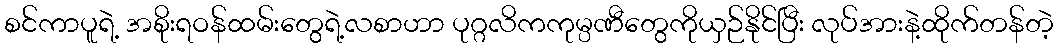
စင်ကာပူရဲ့ အစိုးရဝန်ထမ်းတွေရဲ့လစာဟာ ပုဂ္ဂလိကကုမ္ပဏီတွေကိုယှဉ်နိုင်ပြီး လုပ်အားနဲ့ထိုက်တန်တဲ့